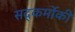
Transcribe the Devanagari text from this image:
सद्कर्मोकी